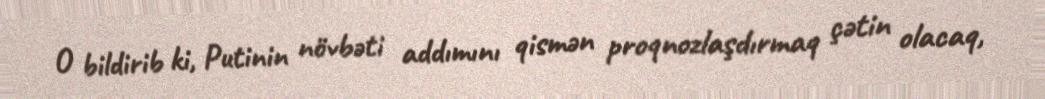
O bildirib ki, Putinin növbəti addımını qismən proqnozlaşdırmaq çətin olacaq,